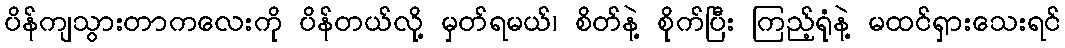
ပိန်ကျသွားတာကလေးကို ပိန်တယ်လို့ မှတ်ရမယ်၊ စိတ်နဲ့ စိုက်ပြီး ကြည့်ရုံနဲ့ မထင်ရှားသေးရင်